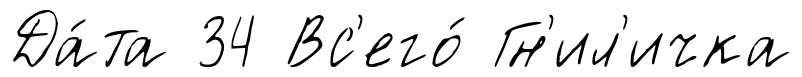
Да́та 34 Вс'его́ Гн'ил'ичка